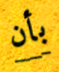
بأن